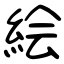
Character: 絵